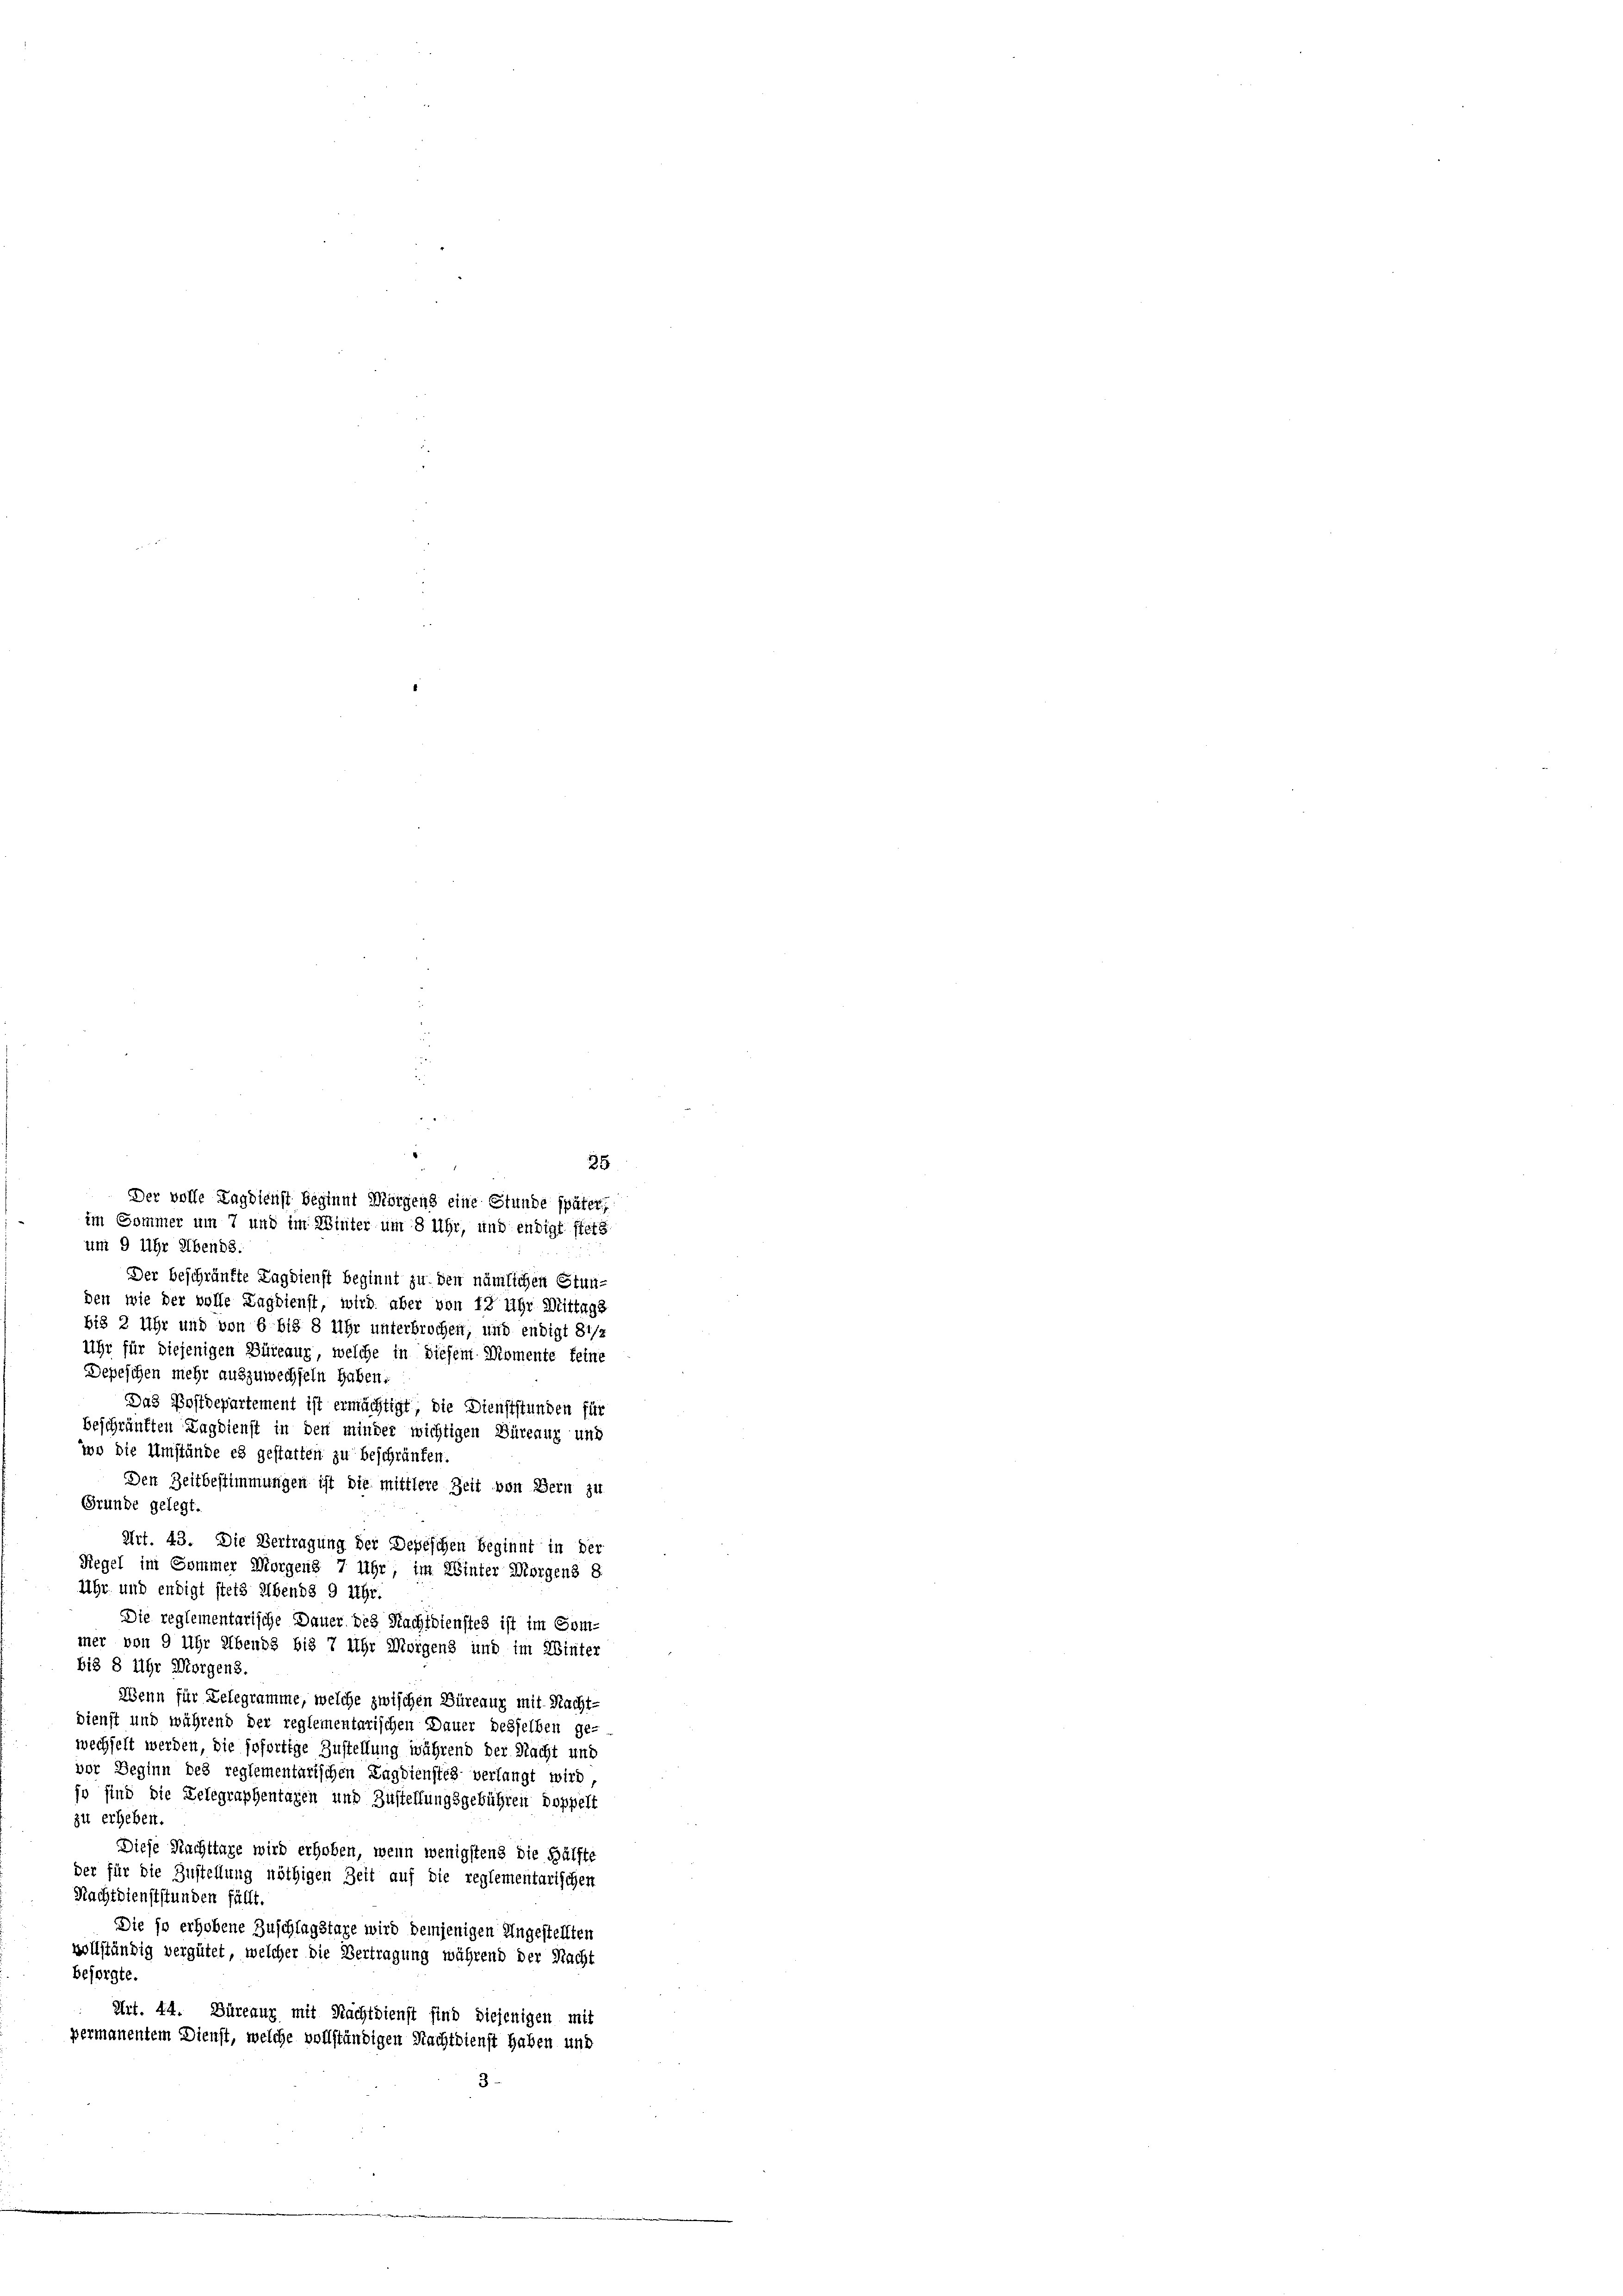
um 9 Uhr Abends
Der beschränkte Lagdienft beginnt zu den nämlichen Stun-
den wie der volle Lagdienst, wird aber von 12 Uhr Mittags
bis 2 Uhr und von 6 bis 8 Uhr unterbrochen, und endigt disz
Uhr für diejenigen Büreaux, welche in diesem Momente feine
Depeschen mehr auszuwechseln haben.
Das Postdepartement ist ermächtigt, die Dienststunden für
beschränkten Lagdienst in den minder wichtigen Büreaux und
wo die Umstände es gestatten zu beschränken.
Den Zeitbestimmungen ist die mittlere Zeit von Bern zu
Gründe gelegt.
Art. 43. Die Vertragung der Depeschen Beginnt in der
Regel im Sommer Morgens 7 Uhr, im Winter Morgens 8.
Uhr und endigt stets ebends 9 Uhr.
Die reglementarische Dauer des Nachtdienstes ist im Com-
mer von 9 Uhr Abends bis 7 Uhr Morgens und im Winter
bis 8 Uhr Morgens.
Wenn für Delegramme, welche zwischen Büreaux mit Nacht-
dienst und während der reglementarischen Dauer desselben ge-
wechselt werden, die sofortige Zustellung während der Nacht und
vor Beginn des reglementarischen Lagdienstes verlangt wird
jo sind die Belegraphentagen und Zustellungsgebühren doppelt
zu erheben.
Diese Nachttare wird erhoben, wenn wenigstens die Hälfte
der für die Zustellung nöthigen Zeit auf die reglementarischen
Nachtdienststunden fällt.
Die so erhobene Zuschlagstage wird demjenigen Ungestellten
vollständig vergütet, welcher die Vertragung während der Nacht
besorgte.
Art. 44. Büreaur mit Nachtdienst sind diejenigen mit
permanentem Dienst, welche vollständigen Nachtdienst haben und

35
Der volle Lagdienst beginnt Morgens eine Stunde später,
im Sommer um 7 und im Winter um 8 Uhr, und endigt ftete